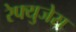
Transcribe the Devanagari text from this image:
रेफ्युजेस